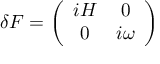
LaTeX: \delta F = \left( \begin{array} { c c } { { i H } } & { { 0 } } \\ { { 0 } } & { { i \omega } } \end{array} \right)